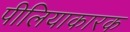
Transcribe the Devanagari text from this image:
पीलियाकारक